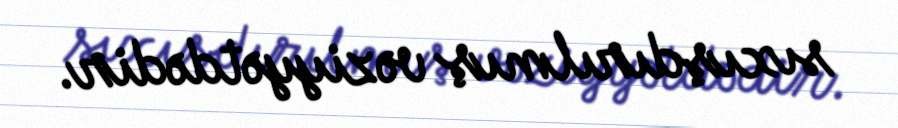
sıxışdırılmış vəziyyətdədir.